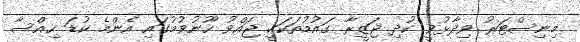
މިނިސްޓަރު ވިދާޅުވީ ކުދި ޖަޒީރާ ގައުމުތަކަކީ ޖައްވު ހޫނުވުމުގައި އެންމެ ކުޑަ ހިއްސާ